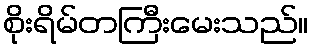
စိုးရိမ်တကြီးမေးသည်။